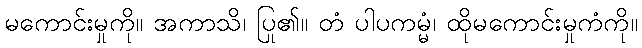
မကောင်းမှုကို။ အကာသိ၊ ပြု၏။ တံ ပါပကမ္မံ၊ ထိုမကောင်းမှုကံကို။